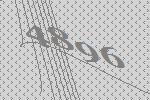
4896